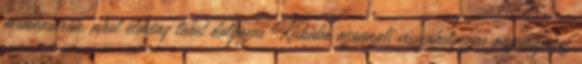
munkasarok, ahol élmény lehet dolgozni Kisbaba azonnali visszahelyezése anyukájához